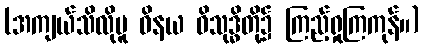
(အကျယ်သိလိုမူ ဝိနယ ဝိသုဒ္ဓိတို့၌ ကြည့်ရှုကြကုန်။)